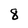
Character: 8